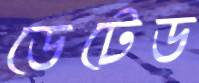
ডেটেড